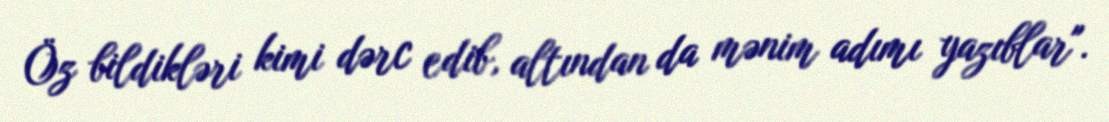
Öz bildikləri kimi dərc edib, altından da mənim adımı yazıblar".